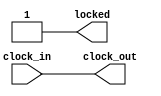
module pll(
	input  clock_in,
	output clock_out,
	output locked
	);

  assign locked = 1'b1;
  assign clock_out = clock_in;

endmodule